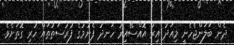
ދެން ބަލަންޖެހެނީ މިއަދު އިރު އޮއްސޭއިރު ހަނދު ފެނުމުގެ ފުރުސަތުތައް ހުރި ގޮތަށެވެ.